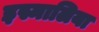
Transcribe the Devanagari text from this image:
इस्मालिया